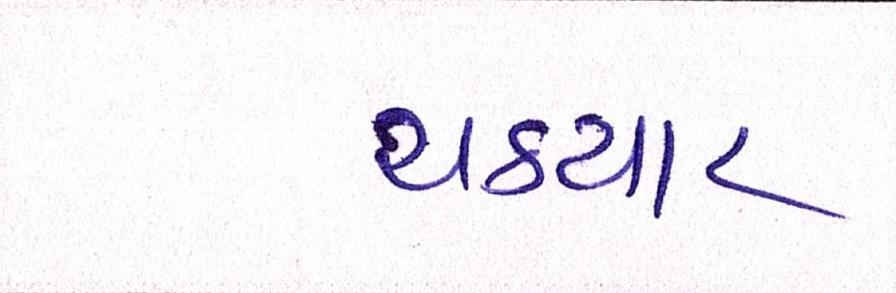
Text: ચકચાર